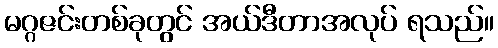
မဂ္ဂဇင်းတစ်ခုတွင် အယ်ဒီတာအလုပ် ရသည်။